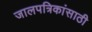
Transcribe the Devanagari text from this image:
जालपत्रिकांसाठी